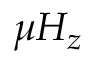
\mu H _ { z }